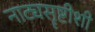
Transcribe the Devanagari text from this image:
नाट्यसॄष्टीशी